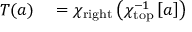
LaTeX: \begin{array} { r l } { T ( a ) } & { { } = \chi _ { \mathrm { r i g h t } } \left( \chi _ { \mathrm { t o p } } ^ { - 1 } \left[ a \right] \right) } \end{array}